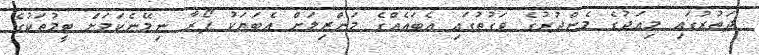
ދަތުރުގައި މިއަދުގެ މެންދުރުގެ ވަގުތުގައި އެބައެއްގެ މަންޒިލަށް އެބަޔަކު ފޯރާ ނިމޭނެކަމަށް ޓީމުތަކުގެ